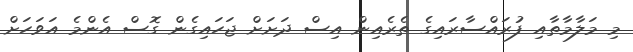
މި މަލާމާތާއި ފުރައްސާރައިގެ ތެރެއިން އިސް ދަށަށް ޖަހައިގެން ގޮސް އެންމެ އަވަހަށް